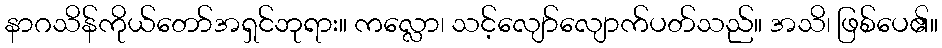
နာဂသိန်ကိုယ်တော်အရှင်ဘုရား။ ကလ္လော၊ သင့်လျော်လျောက်ပတ်သည်။ အသိ၊ ဖြစ်ပေ၏။